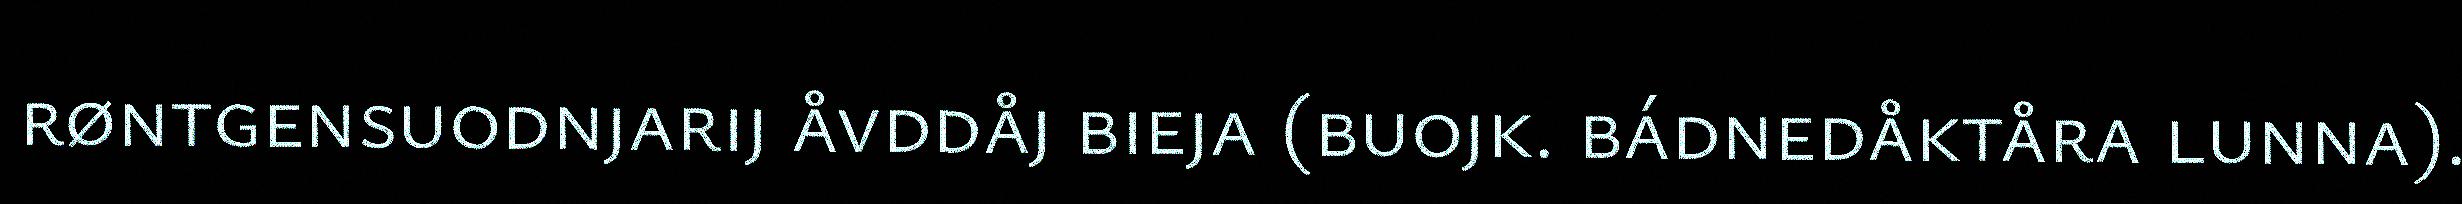
røntgensuodnjarij åvddåj bieja (buojk. bádnedåktåra lunna).